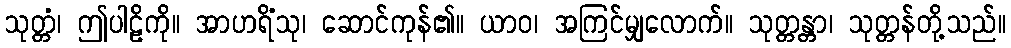
သုတ္တံ၊ ဤပါဠိကို။ အာဟရိံသု၊ ဆောင်ကုန်၏။ ယာဝ၊ အကြင်မျှလောက်။ သုတ္တန္တာ၊ သုတ္တန်တို့သည်။